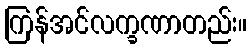
ကြန်အင်လက္ခဏာတည်း။